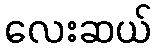
လေးဆယ်